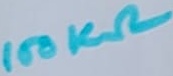
Text: 100KΩ